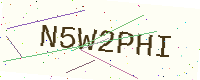
Text: N5W2PHI